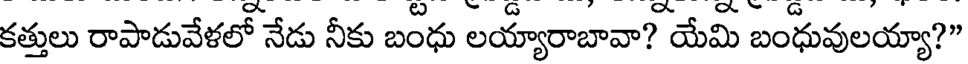
కత్తులు రాపాడువేళలో నేడు నీకు బంధు లయ్యారాబావా? యేమి బంధువులయ్యా?"